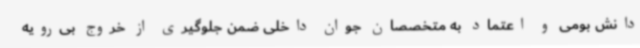
دانش بومی و اعتماد به متخصصان جوان داخلی ضمن جلوگیری از خروج بی‌رویه